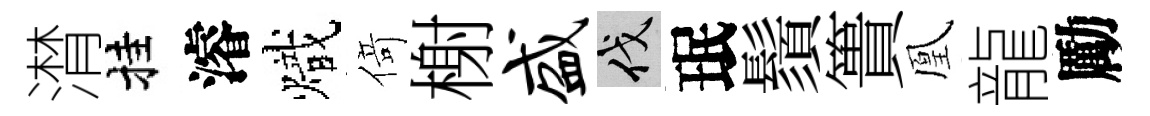
潸挂濬熾𠋣榭盛伐珉鬚簣凰龍勵